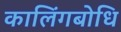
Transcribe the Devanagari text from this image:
कालिंगबोधि